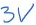
Text: 3V